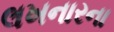
લખનારના